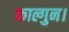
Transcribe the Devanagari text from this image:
फाल्गुन।